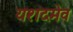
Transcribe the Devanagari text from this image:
यशदमेव